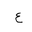
Letter: _ayn